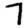
Digit: 7